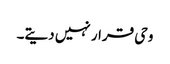
وحی قرار نہیں دیتے۔